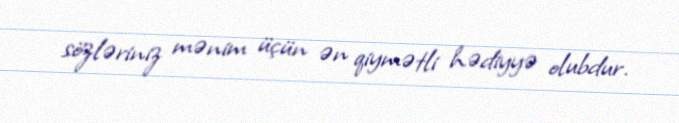
sözləriniz mənim üçün ən qiymətli hədiyyə olubdur.